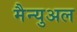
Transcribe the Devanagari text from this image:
मैन्‍युअल